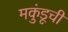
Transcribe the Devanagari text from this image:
मकुंडूची